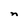
Character: n